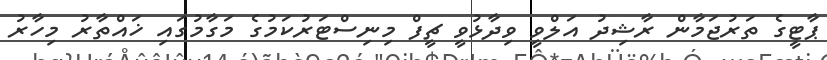
ޕާޓީގެ ތަރުޖަމާން ރާޝިދު އަލްވީ ވިދާޅުވީ ޗީފް މިނިސްޓަރުކަމުގެ މަގާމުގައި ޚައްތާރު މިހާރު